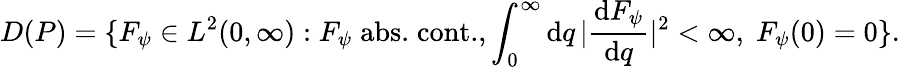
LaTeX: D(P)=\{ F_{\psi}\in L^{2}(0,\infty):F_{\psi}\; \mathrm{abs.}\; \mathrm{cont.},\int_{0}^{\infty}\mathrm{d}q\, |{\frac{\mathrm{d}F_{\psi}}{\mathrm{d}q}}|^{2}<\infty,\; F_{\psi}(0)=0\} .